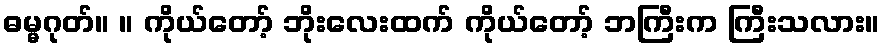
ဓမ္မဂုတ်။ ။ ကိုယ်တော့် ဘိုးလေးထက် ကိုယ်တော့် ဘကြီးက ကြီးသလား။